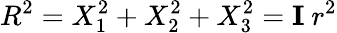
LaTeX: R^{2}=X_{1}^{2}+X_{2}^{2}+X_{3}^{2}=\mathbf{I}~r^{2}